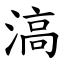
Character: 滈